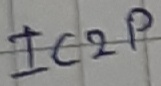
Text: IC2P